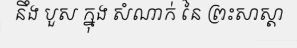
នឹង បួស ក្នុង សំណាក់ នៃ ព្រះសាស្តា